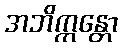
အဘိက္ကန္တော